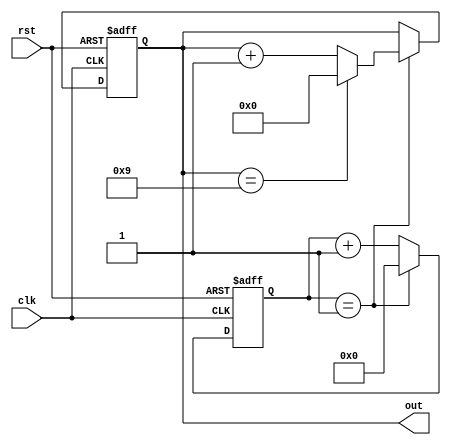
`timescale 1ns / 1ps
//////////////////////////////////////////////////////////////////////////////////
// Company: 
// Engineer: 
// 
// Design Name: 
// Module Name:    counter 
// Project Name: 
// Target Devices: 
// Tool versions: 
// Description: 
//
// Dependencies: 
//
// Revision: 
// Revision 0.01 - File Created
// Additional Comments: 
//
//////////////////////////////////////////////////////////////////////////////////
module counter(clk, rst, out
    );
	 input clk, rst;
	 output reg [3:0] out;
	 
	 reg[25:0] cnt;//26
	 parameter TIME = 26'd2;//basys250MHZ
	 
	 always @(posedge clk or negedge rst)//50MHZ-1HZ
	 begin
		if(!rst)//0
			cnt <= 1'b0;
	 	else if(cnt == TIME-1)
	 		cnt <= 1'b0;
	 	else 
	 		cnt <= cnt + 1'b1;
	 
	 end
	 
	 always @(posedge clk or negedge rst)
	 begin
		if(!rst)
			out <= 1'b0;
		else if(cnt == TIME-1)
		begin	
			if(out == 4'b1001)
				out <= 1'b0;
			else 
				out <= out+4'b0001;
		end		
	 end
	 
endmodule